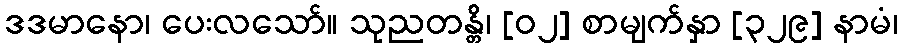
ဒဒမာနော၊ ပေးလသော်။ သုညတန္တိ၊ [၀၂] စာမျက်နှာ [၃၂၉] နာမံ၊